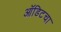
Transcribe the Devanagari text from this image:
ऑडिटचा